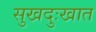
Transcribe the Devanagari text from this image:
सुखदुःखात